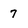
Character: 7